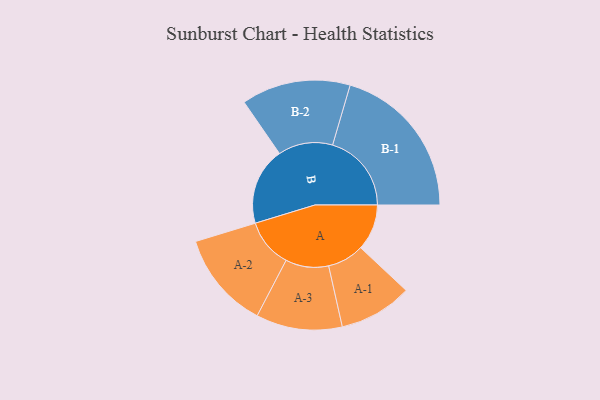
{"axis": {"x": "Segment", "y": "Value"}, "legend": ["", "A", "B"], "data": [{"x": "A", "y": 165, "type": ""}, {"x": "B", "y": 277, "type": ""}, {"x": "A-1", "y": 131, "type": "A"}, {"x": "A-2", "y": 174, "type": "A"}, {"x": "A-3", "y": 154, "type": "A"}, {"x": "B-1", "y": 282, "type": "B"}, {"x": "B-2", "y": 195, "type": "B"}]}